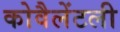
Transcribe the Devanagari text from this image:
कोवैलेंटली